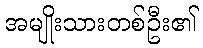
အမျိုးသားတစ်ဦး၏